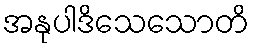
အနုပါဒိသေသောတိ